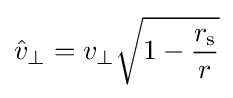
{\hat {v}}_{\perp }=v_{\perp }{\sqrt {1-{\frac {r_{\text{s}}}{r}}}}